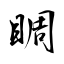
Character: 睭